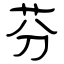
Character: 芬